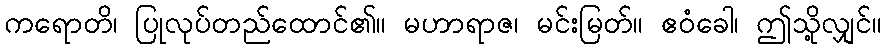
ကရောတိ၊ ပြုလုပ်တည်ထောင်၏။ မဟာရာဇ၊ မင်းမြတ်။ ဧဝံခေါ၊ ဤသို့လျှင်။